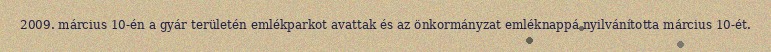
2009. március 10-én a gyár területén emlékparkot avattak és az önkormányzat emléknappá nyilvánította március 10-ét.